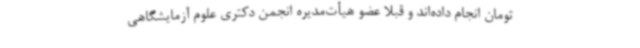
تومان انجام داده‌اند و قبلا عضو هیأت‌مدیره انجمن دکتری علوم آزمایشگاهی